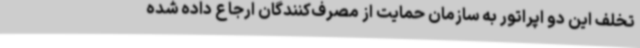
تخلف این دو اپراتور به سازمان حمایت از مصرف‌کنندگان ارجاع داده شده